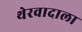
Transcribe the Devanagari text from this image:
थेरवादाला